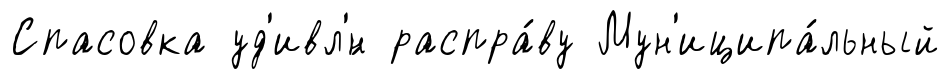
Спасовка уд'ивл'́н распра́ву Мун'иципа́льный